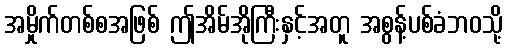
အမှိုက်တစ်စအဖြစ် ဤအိမ်အိုကြီးနှင့်အတူ အစွန့်ပစ်ခံဘဝသို့